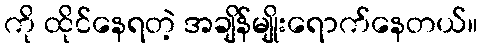
ကို ထိုင်နေရတဲ့ အချိန်မျိုးရောက်နေတယ်။